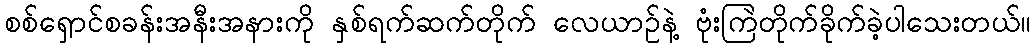
စစ်ရှောင်စခန်းအနီးအနားကို နှစ်ရက်ဆက်တိုက် လေယာဉ်နဲ့ ဗုံးကြဲတိုက်ခိုက်ခဲ့ပါသေးတယ်။